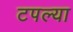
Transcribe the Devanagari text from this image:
टपल्या